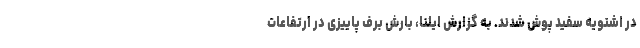
در اشنویه سفید پوش شدند. به گزارش ایلنا، بارش برف پاییزی در ارتفاعات